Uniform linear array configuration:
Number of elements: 12
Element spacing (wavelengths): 0.5
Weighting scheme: blackman
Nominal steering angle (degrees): -30
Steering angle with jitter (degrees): -30.101
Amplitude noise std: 0.05
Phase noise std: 0.05

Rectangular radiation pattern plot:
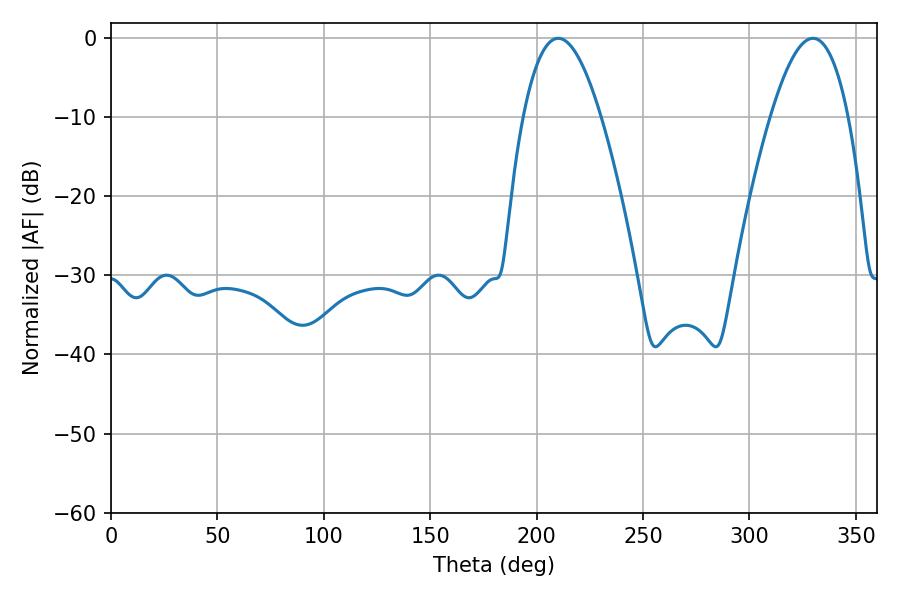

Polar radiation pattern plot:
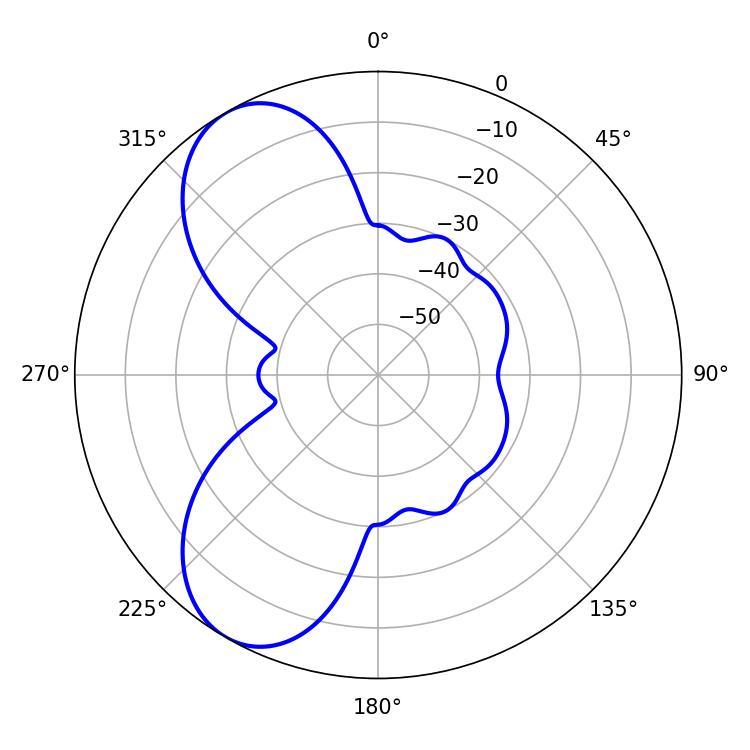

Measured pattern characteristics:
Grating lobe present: FALSE
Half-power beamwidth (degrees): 19.98
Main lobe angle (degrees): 210.24